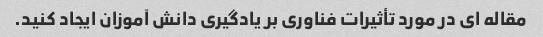
مقاله ای در مورد تأثیرات فناوری بر یادگیری دانش آموزان ایجاد کنید.